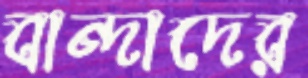
বান্দাদের